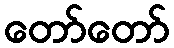
တော်တော်